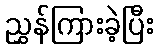
ညွှန်ကြားခဲ့ပြီး